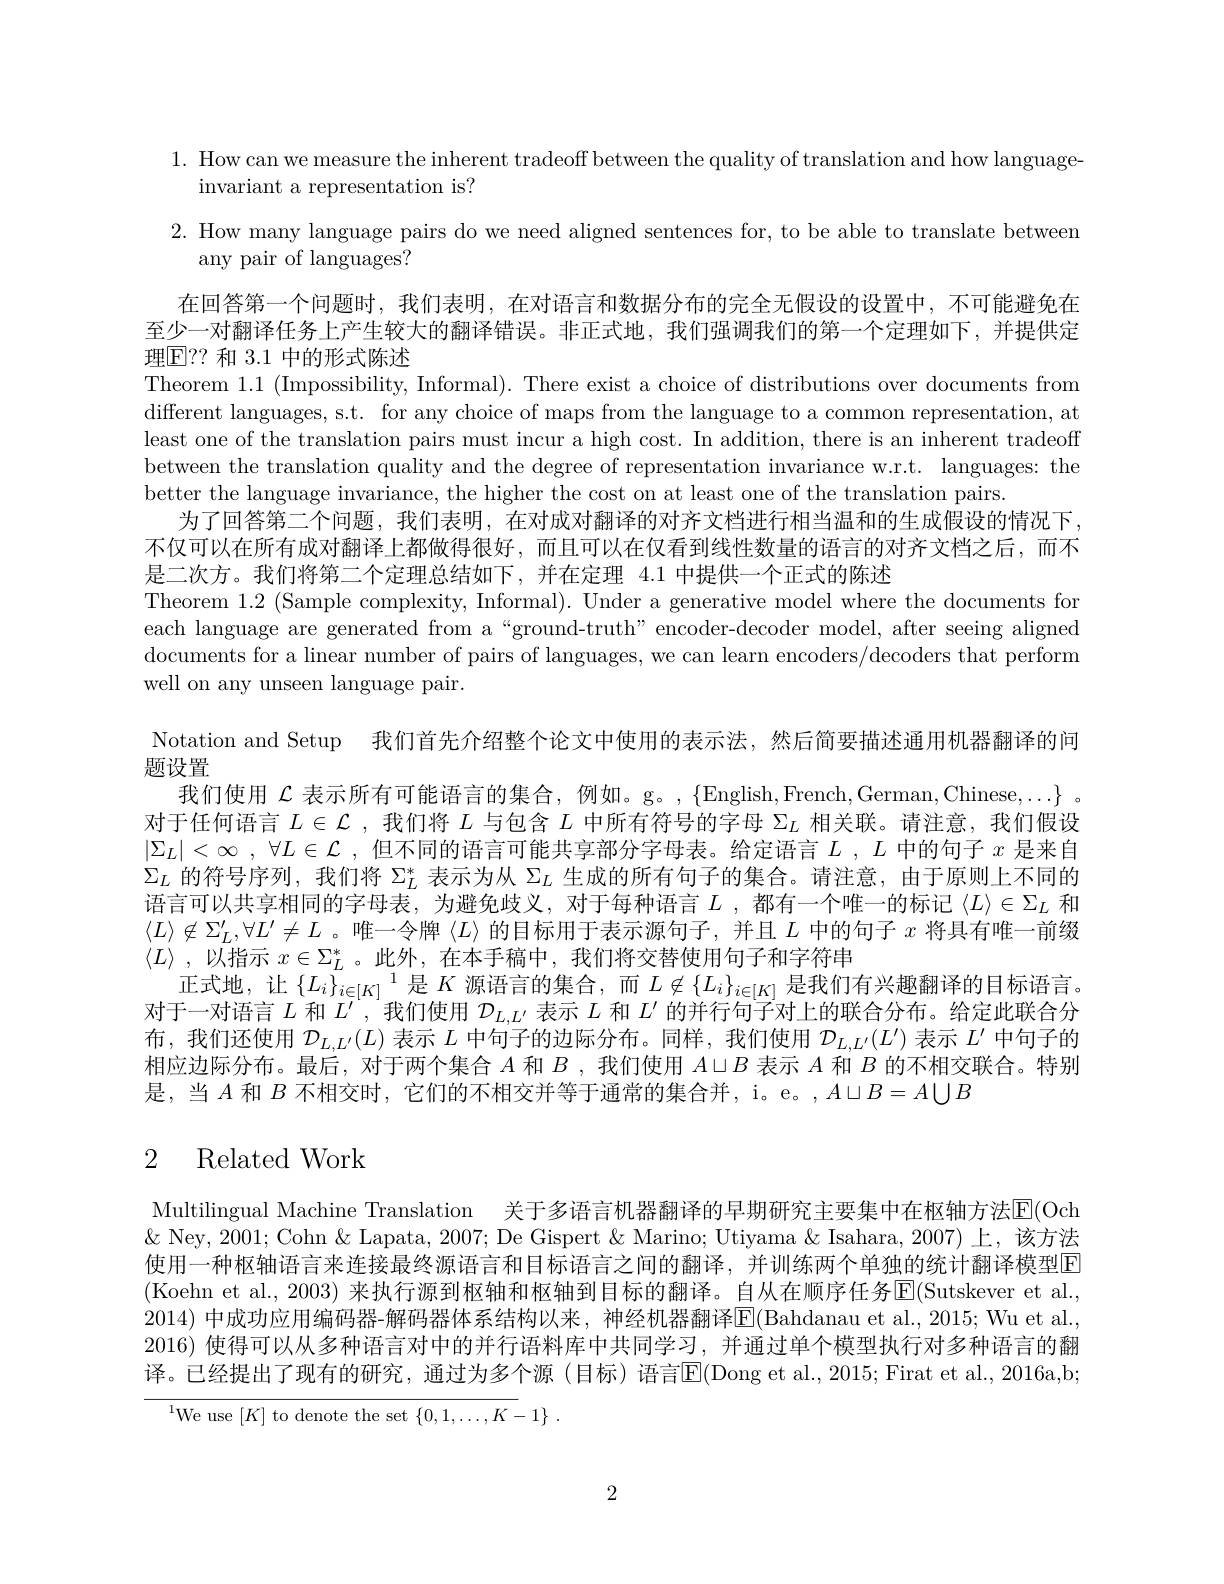
1. How can we measure the inherent tradeoff between the quality of translation and how language-
invariant a representation is?
2. How many language pairs do we need aligned sentences for, to be able to translate between

any pair of languages?
在回答第一个问题时，我们表明，在对语言和数据分布的完全无假设的设置中，不可能避免在至少一对翻译任务上产生较大的翻译错误。非正式地，我们强调我们的第一个定理如下，并提供定理$\mathbb{E}??$ 和 3.1 中的形式陈述
Theorem 1.1 (Impossibility, Informal). There exist a choice of distributions over documents from different languages, s.t. for any choice of maps from the language to a common representation, at least one of the translation pairs must incur a high cost. In addition, there is an inherent tradeoff between the translation quality and the degree of representation invariance w.r.t. languages: the better the language invariance, the higher the cost on at least one of the translation pairs
为了回答第二个问题，我们表明，在对成对翻译的对齐文档进行相当温和的生成假设的情况下不仅可以在所有成对翻译上都做得很好，而且可以在仅看到线性数量的语言的对齐文档之后，而不是二次方。我们将第二个定理总结如下，并在定理 4.1 中提供一个正式的陈述
Theorem 1.2 (Sample complexity, Informal). Under a generative model where the documents for each language are generated from a“ground-truth”encoder-decoder model, after seeing aligned documents for a linear number of pairs of languages, we can learn encoders/decoders that perform well on any unseen language pair.
Notation and Setup 我们首先介绍整个论文中使用的表示法，然后简要描述通用机器翻译的问
题设置
我们使用$\mathcal{L}$表示所有可能语言的集合，例如。g。,$\{$English,French,German,Chinese$,\ldots\}$ 。对于任何语言$L\in\mathcal{L}$ ,我们将$L$与包含$L$中所有符号的字母$\Sigma_L$相关联。请注意，我们假设$| \Sigma _L| < \infty$ , $\forall L\in \mathcal{L}$ , 但不同的语言可能共享部分字母表。给定语言$L$ , $L$ 中的句子$x$是来自$\Sigma_L$的符号序列，我们将$\Sigma_L^*$表示为从$\Sigma_L$生成的所有句子的集合。请注意，由于原则上不同的语言可以共享相同的字母表，为避免歧义，对于每种语言$L$ ,都有一个唯一的标记 $\langle L\rangle\in\Sigma_L$ 和$\langle L\rangle\not\in\Sigma_L^{\prime},\forall L^{\prime}\neq L$ 。唯一令牌$\langle L\rangle$的目标用于表示源句子，并且$L$中的句子$x$将具有唯一前缀$\langle L\rangle$ ,以指示$x\in\Sigma_L^*$。此外，在本手稿中，我们将交替使用句子和字符串
正式地，让$\left\{L_i\right\}_{i\in[K]}^1$是$K$源语言的集合，而$L\not\in\{L_i\}_{i\in[K]}$是我们有兴趣翻译的目标语言。对于一对语言$L$和$L^\prime$,我们使用$\mathcal{D}_{L,L^{\prime}}$表示$L$和$L^\prime$的并行句子对上的联合分布。给定此联合分布，我们还使用$\mathcal{D}_L,L^{\prime}(L)$表示$L$中句子的边际分布。同样，我们使用$\mathcal{D}_L,L^{\prime}(L^{\prime})$表示$L^\prime$中句子的相应边际分布。最后，对于两个集合$A$和$B$ ,我们使用$A\sqcup B$表示$A$和$B$的不相交联合。特别是，当$A$和$B$不相交时，它们的不相交并等于通常的集合并，i。e。,$A\sqcup B=A\bigcup B$
2 Related Work

Multilingual Machine Translation 关于多语言机器翻译的早期研究主要集中在枢轴方法[E](Och $\&$ Ney, 2001; Cohn & Lapata, 2007; De Gispert & Marino; Utiyama & Isahara, 2007) 上，该方法使用一种枢轴语言来连接最终源语言和目标语言之间的翻译，并训练两个单独的统计翻译模型E (Koehn et al., 2003) 来执行源到枢轴和枢轴到目标的翻译。自从在顺序任务E(Sutskever et al., 2014)中成功应用编码器-解码器体系结构以来，神经机器翻译E(Bahdanau et al.,2015; Wu et al., 2016) 使得可以从多种语言对中的并行语料库中共同学习，并通过单个模型执行对多种语言的翻译。已经提出了现有的研究，通过为多个源(目标)语言E$( Dong et al. , 2015; $Firat et al. , 2016a, b;
$^{1}$We use$\left[K\right]$to denote the set$\left\{0,1,\ldots,K-1\right\}.$

2